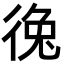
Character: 𪫐